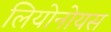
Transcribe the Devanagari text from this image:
लियोनोयस